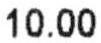
10.00